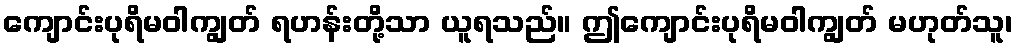
ကျောင်းပုရိမဝါကျွတ် ရဟန်းတို့သာ ယူရသည်။ ဤကျောင်းပုရိမဝါကျွတ် မဟုတ်သူ၊